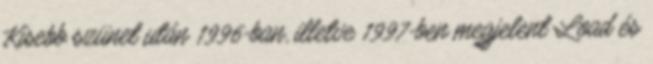
Kisebb szünet után 1996-ban, illetve 1997-ben megjelent Load és